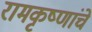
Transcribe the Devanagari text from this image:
रामकृष्णांचे